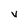
Character: V